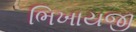
ભિખાયજી